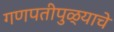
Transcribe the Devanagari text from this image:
गणपतीपुळ्याचे